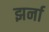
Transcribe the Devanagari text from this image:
झर्ना